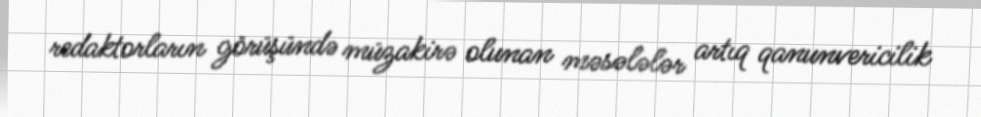
redaktorların görüşündə müzakirə olunan məsələlər artıq qanunvericilik